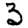
Digit: 3